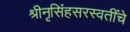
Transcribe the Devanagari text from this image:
श्रीनृसिंहसरस्वतींचे